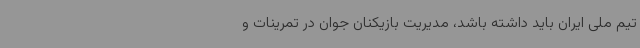
تیم ملی ایران باید داشته باشد،‌ مدیریت بازیکنان جوان در تمرینات و